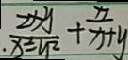
\frac { 2 x y } { x ^ { 2 } - y ^ { 2 } } + \frac { x } { x + y }